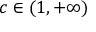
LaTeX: c \in ( 1 , + \infty )